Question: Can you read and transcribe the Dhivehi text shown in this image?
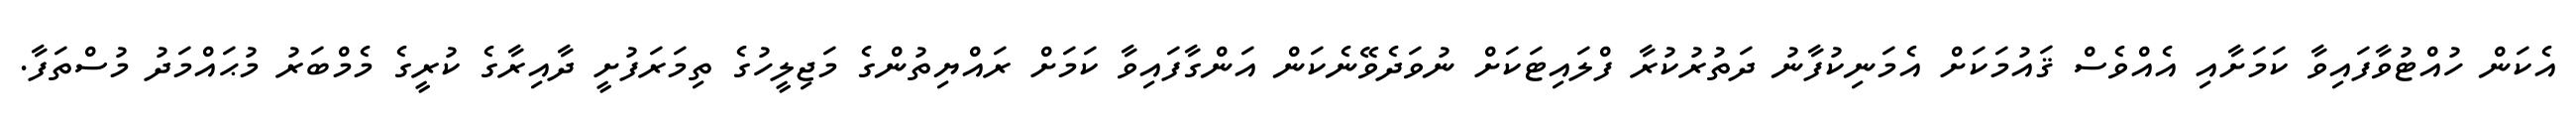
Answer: އެކަން ހުއްޓުވާފައިވާ ކަމަށާއި އެއްވެސް ޤައުމަކަށް އެމަނިކުފާނު ދަތުރުކުރާ ފްލައިޓަކަށް ނުވަދެވޭނެކަން އަންގާފައިވާ ކަމަށް ރައްޔިތުންގެ މަޖިލީހުގެ ތިމަރަފުށީ ދާއިރާގެ ކުރީގެ މެމްބަރު މުޙައްމަދު މުސްތަފާ.